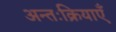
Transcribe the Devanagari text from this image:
अन्तःक्रियाएँ